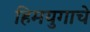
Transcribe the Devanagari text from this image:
हिमयुगाचे